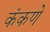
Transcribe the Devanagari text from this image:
कंकणे